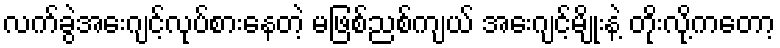
လက်ခွဲအေးဂျင့်လုပ်စားနေတဲ့ မဖြစ်ညစ်ကျယ် အေးဂျင့်မျိုးနဲ့ တိုးလို့ကတော့